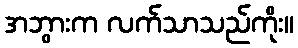
အဘွားက လက်သာသည်ကိုး။